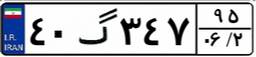
۴۰گ۳۴۷۹۵